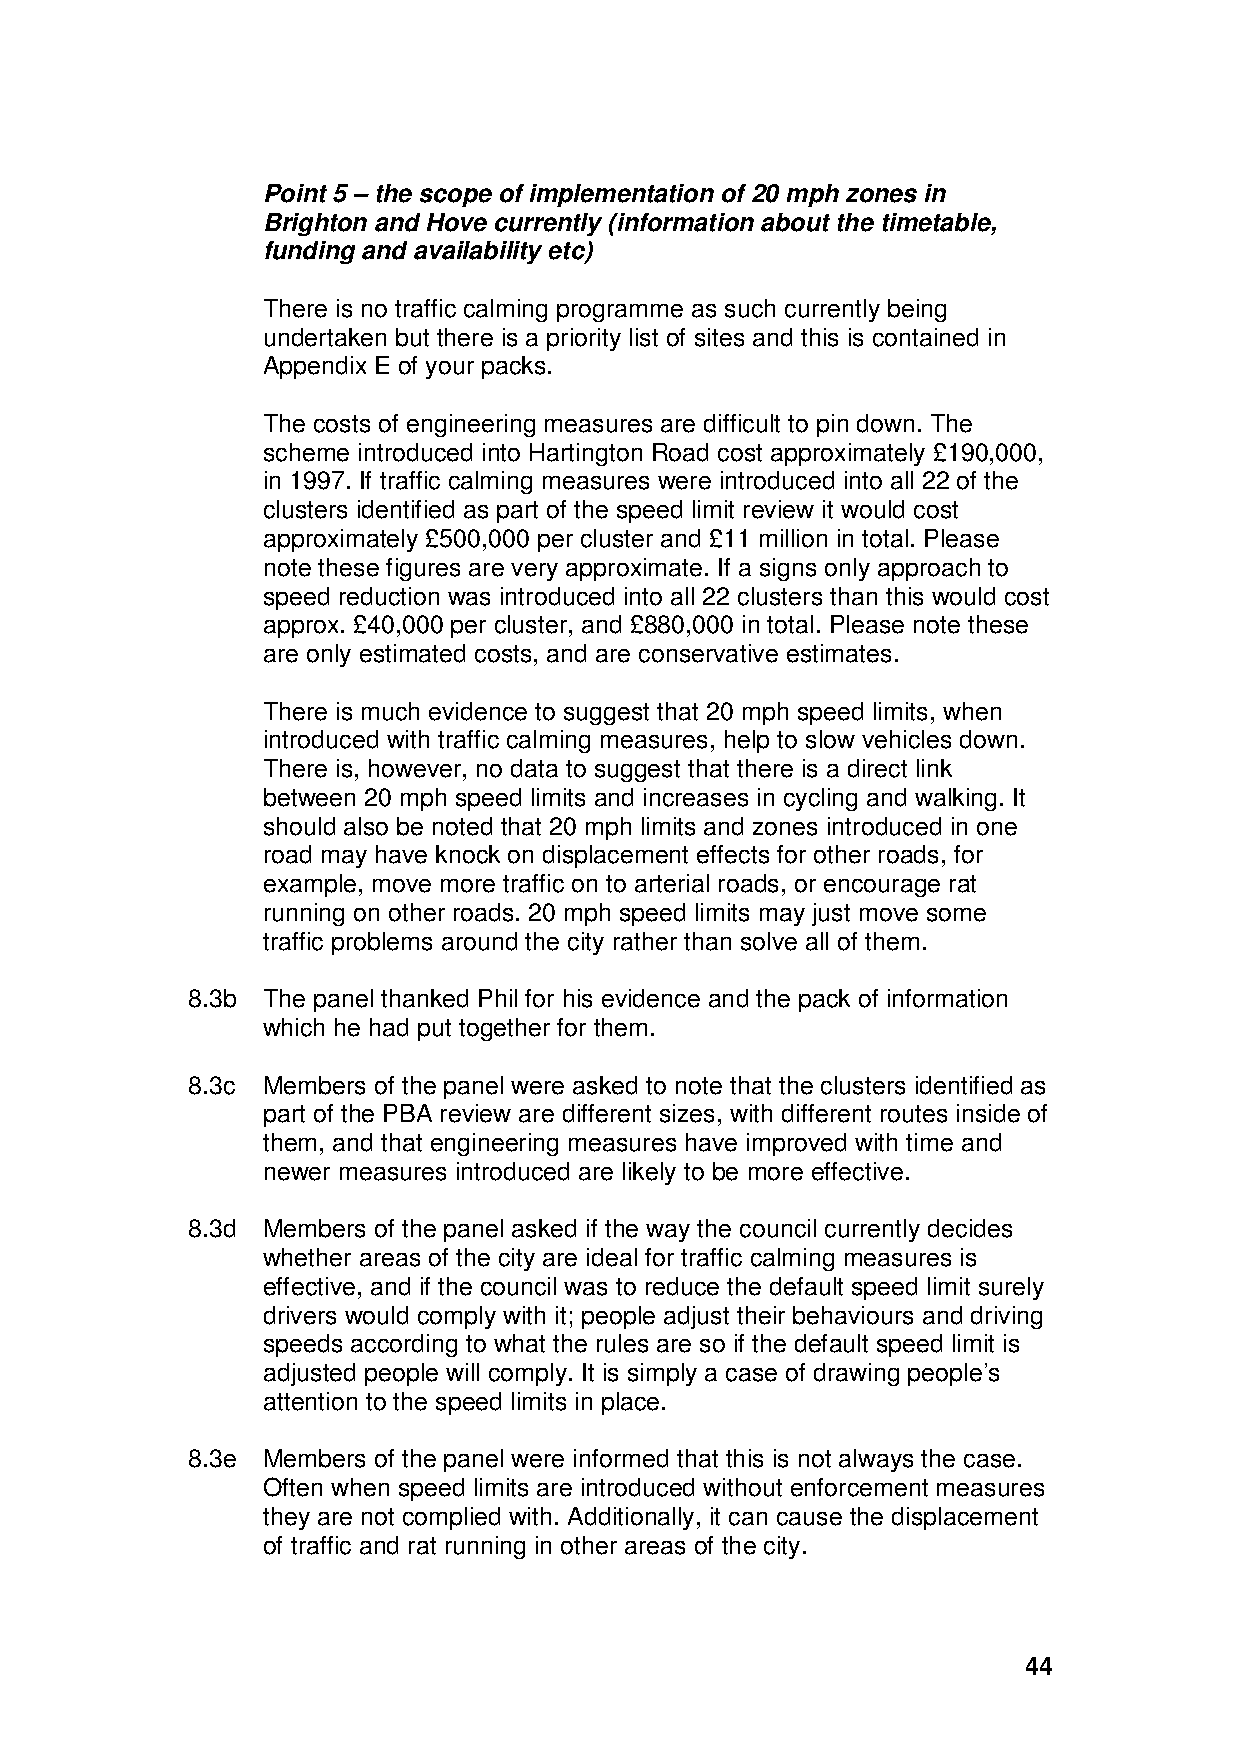
Point 5 – the scope of implementation of 20 mph zones in
 Brighton and Hove currently (information about the timetable,
 funding and availability etc)
 There is no traffic calming programme as such currently being
 undertaken but there is a priority list of sites and this is contained in
 Appendix E of your packs.
 The costs of engineering measures are difficult to pin down. The
 scheme introduced into Hartington Road cost approximately £190,000,
 in 1997. If traffic calming measures were introduced into all 22 of the
 clusters identified as part of the speed limit review it would cost
 approximately £500,000 per cluster and £11 million in total. Please
 note these figures are very approximate. If a signs only approach to
 speed reduction was introduced into all 22 clusters than this would cost
 approx. £40,000 per cluster, and £880,000 in total. Please note these
 are only estimated costs, and are conservative estimates.
 There is much evidence to suggest that 20 mph speed limits, when
 introduced with traffic calming measures, help to slow vehicles down.
 There is, however, no data to suggest that there is a direct link
 between 20 mph speed limits and increases in cycling and walking. It
 should also be noted that 20 mph limits and zones introduced in one
 road may have knock on displacement effects for other roads, for
 example, move more traffic on to arterial roads, or encourage rat
 running on other roads. 20 mph speed limits may just move some
 traffic problems around the city rather than solve all of them.
 8.3b The panel thanked Phil for his evidence and the pack of information
 which he had put together for them.
 8.3c Members of the panel were asked to note that the clusters identified as
 part of the PBA review are different sizes, with different routes inside of
 them, and that engineering measures have improved with time and
 newer measures introduced are likely to be more effective.
 8.3d Members of the panel asked if the way the council currently decides
 whether areas of the city are ideal for traffic calming measures is
 effective, and if the council was to reduce the default speed limit surely
 drivers would comply with it; people adjust their behaviours and driving
 speeds according to what the rules are so if the default speed limit is
 adjusted people will comply. It is simply a case of drawing people’s
 attention to the speed limits in place.
 8.3e Members of the panel were informed that this is not always the case.
 Often when speed limits are introduced without enforcement measures
 they are not complied with. Additionally, it can cause the displacement
 of traffic and rat running in other areas of the city.
 44